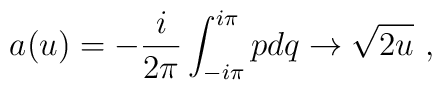
a(u)= -{i\over 2\pi}\int_{-i\pi}^{i\pi} pdq \rightarrow \sqrt{2u} \ ,